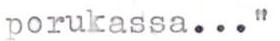
porukassa..."